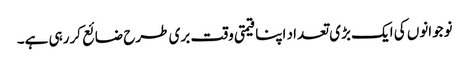
نوجوانوں کی ایک بڑی تعداد اپنا قیمتی وقت بری طرح ضائع کررہی ہے۔